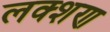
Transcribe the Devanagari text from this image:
लक्शण